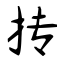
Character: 抟